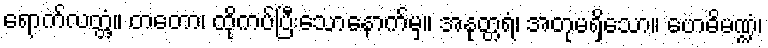
ရောက်လတ္တံ့။ တတော၊ ထိုကပ်ပြီးသောနောက်မှ။ အနုတ္တရံ၊ အတုမရှိသော။ ဗောဓိမဏ္ဍံ၊